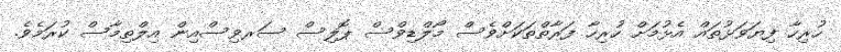
ހުރިހާ ފިޔަވަޅުތައް އެޅުމަށް ހުރިހާ ފަރާތްތަކަށްވެސް މޯލްޑިވްސް ޕޮލިސް ސަރވިސްއިން އިލްތިމާސް ކުރަމެވެ.